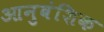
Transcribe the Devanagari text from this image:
आनुवंशिक